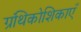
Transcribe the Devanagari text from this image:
ग्रंथिकोशिकाएँ